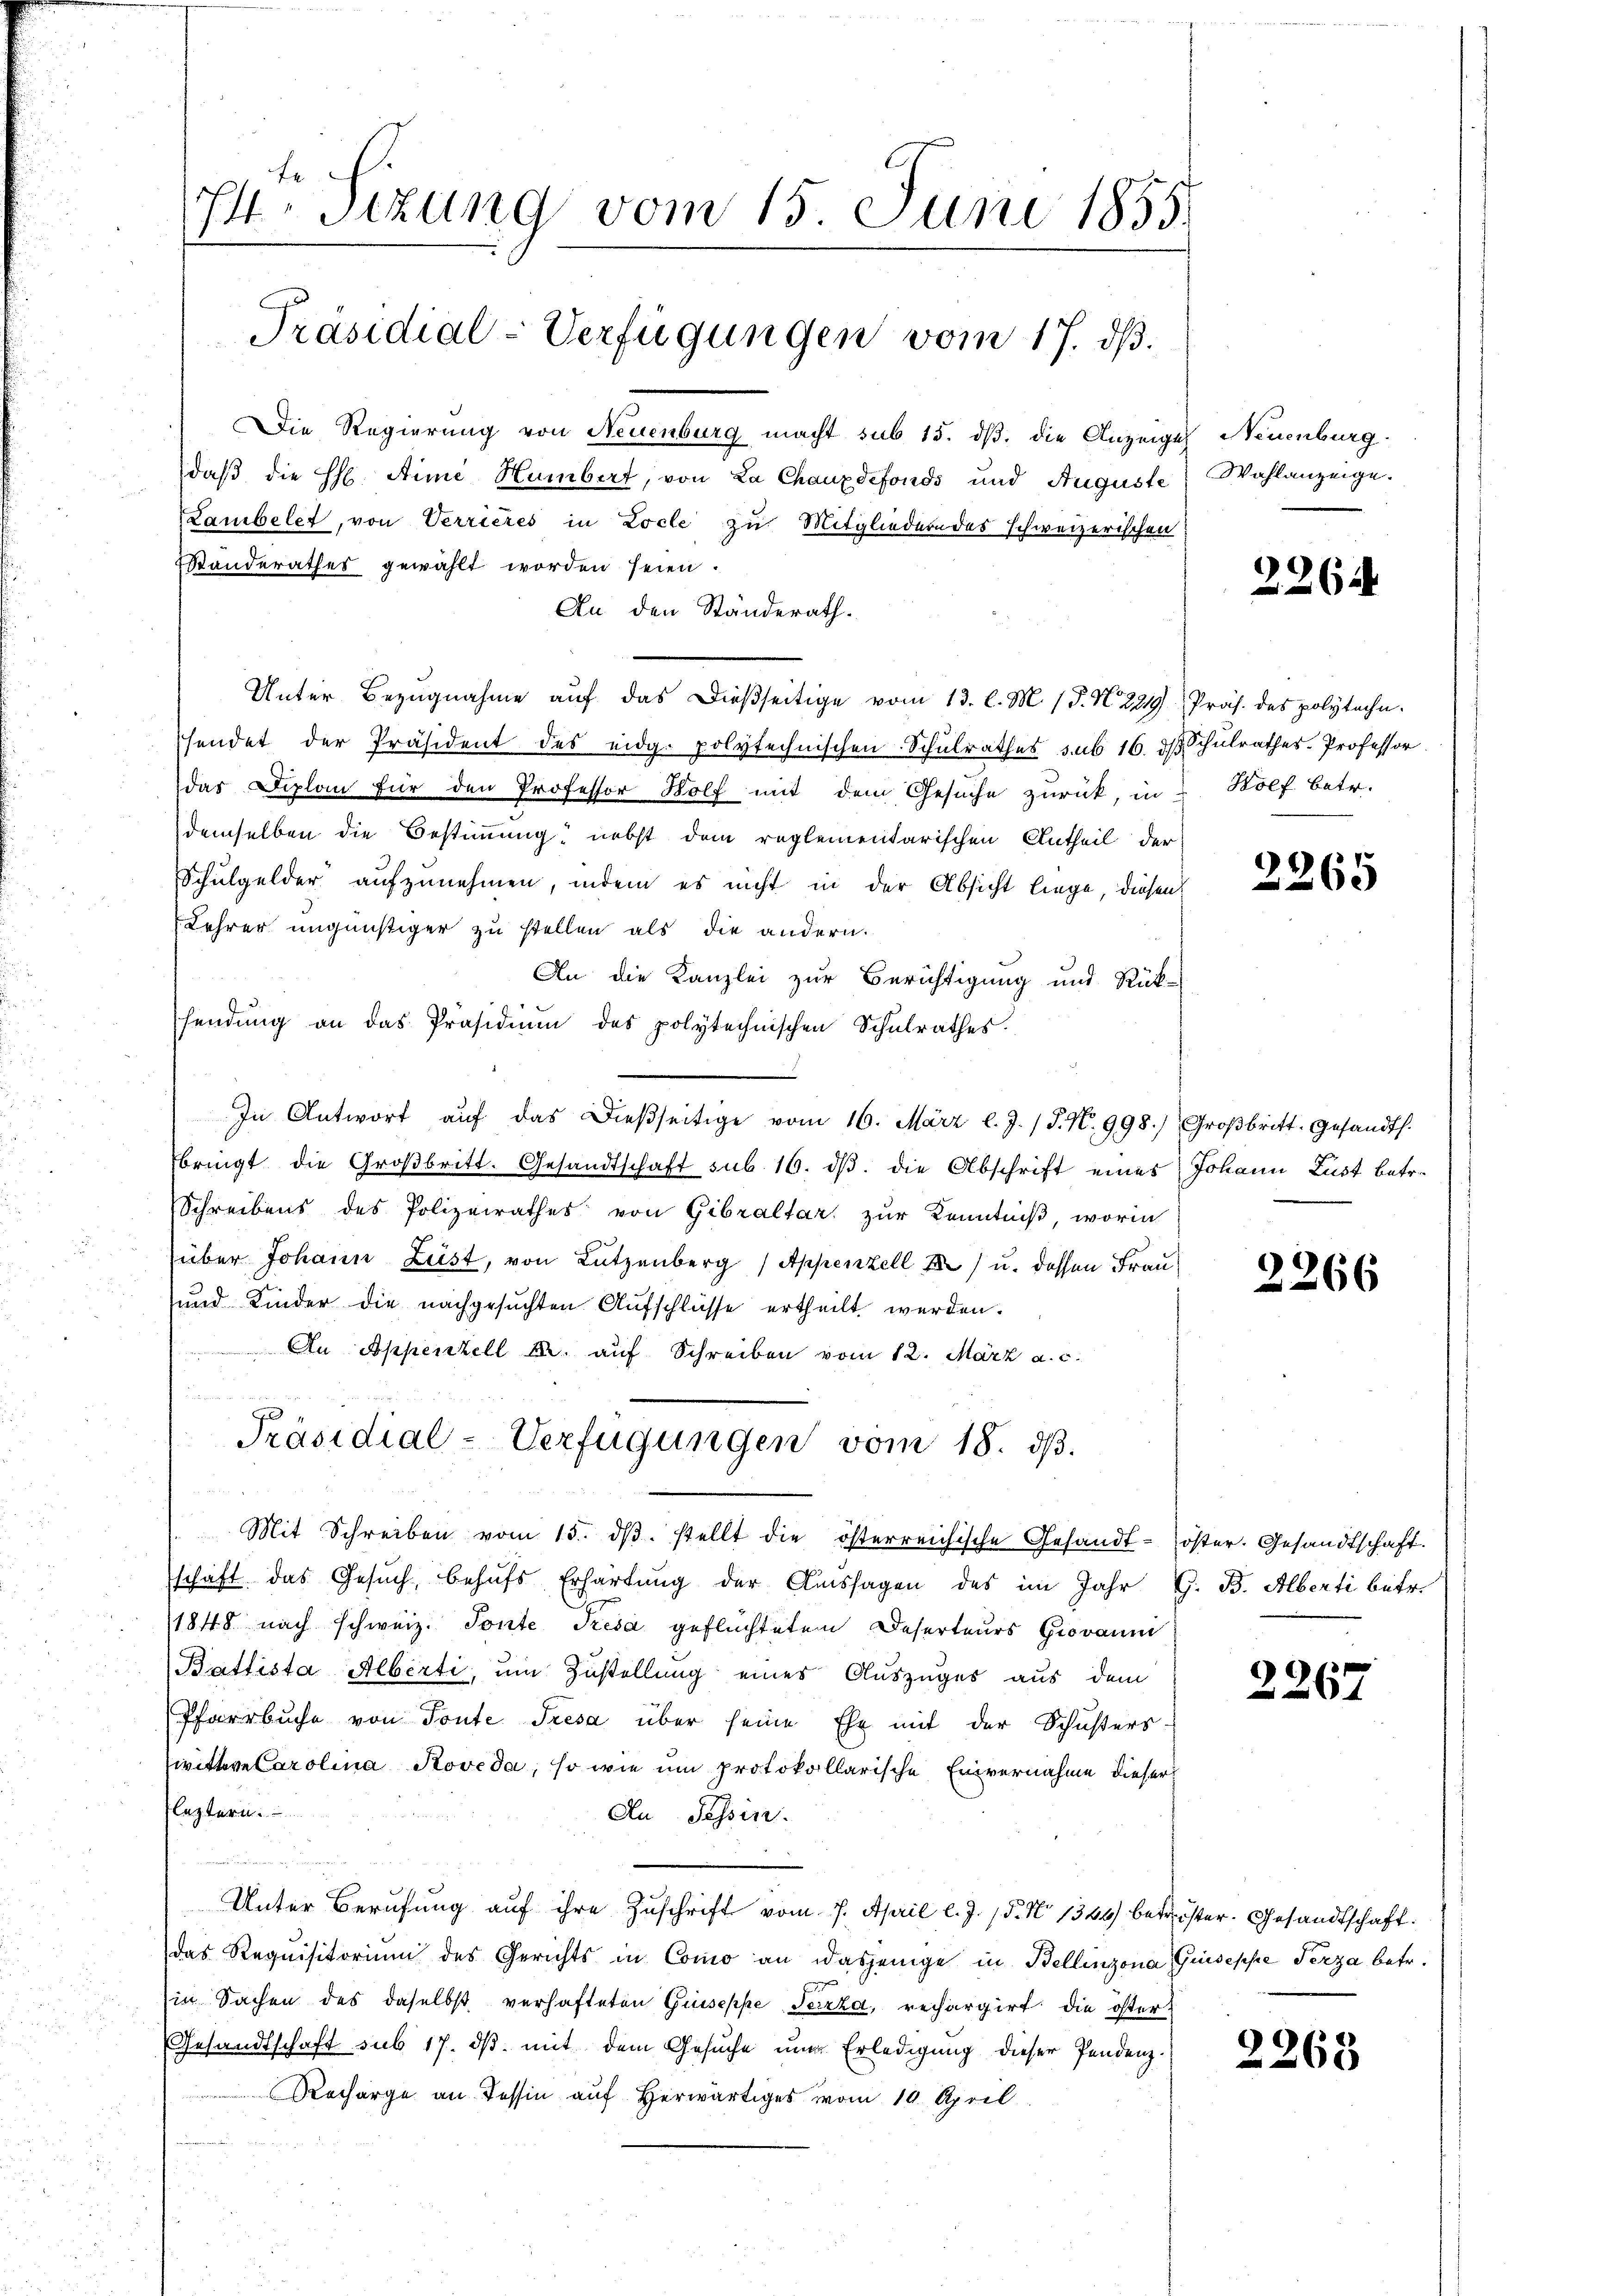
I Sizung vom 15. Juni 1855.

Die Regierung von Neuenburg macht sub 15. dß. die Anzeigel Neuenburg.
daß die H Aime Humbert, von La Chauxdefonds und Auguste
Lambelet, von Verrieres in Locle zu Mitgliederndes schweizerischen
Standerathes gewählt worden seien.
An den Ständerath.
Unter Bezugnahme auf das dießseitige vom 13. l. M. P. N. 2219 Präs. des polytechn
shendet der Präsident des eidg. polytechnischen Schulrathes sub 16. dβ Schulrathes Professor
das Diplan für den Professor Wolf mit dem Gesuche zurück, in " Wolf betr.
demselben die Bestimmung nebst dem reglementarischen Antheil der
Schulgelder aufzunehmen, indem es nicht in der Absicht liege, diesen:
Lehrer ungünstiger zu stellen als die andern.
An die Kanzlei zur Berichtigung und Rück-
sendŭng an das Präsidiŭm des polytechnischen Schŭlrathes.
In Antwort aŭf das dießseitige vom 16. März l. J. J. N. 998.) Groβbritt. Gesandts.
bringt die Groβbritt. Gesandtschaft sub. 16. dβ. die Abschrift eines Johann Lust betr.
Schreibens des Polizeirathes von Gibraltar zur Kenntniß, worin
über Johann Lust, von Lützenberg (Appenzell I) u. dessen Frau¬
und Kinder die nachgesuchten Aufschlüsse ertheilt werden.
An Appenzell u. auf Schreiben vom 12. März a. c.
Präsidial-Verfügungen vom 18. dβ.
Mit Schreiben vom 15. dβ. stellt die österreichische Gesandt-öster. Gesandtschaft.
schaft das Gesŭch, behŭfs Erhärtung der Aussagen des im Jahr G. B. Alberti betr.
1848 nach schweiz. Ponte Tresa geflüchteten Deserteurs Giovaum
Battista Alberti, um Zustellung eines Auszuges aus dem
Pfarrbuche von Toute Tresa über seine Ehe mit der Schusters-
wittwe Carolina Roveda, so wie um protokollarische Einvernahme dieser
leztern.
Au Tessin.
Unter Berufung auf ihre Zuschrift vom 7. April l. J. 15. No 1344) betrister. Gesandtschaft.
das Requisitorium des Gerichts in Como an dasjenige in Bellinzona Guseppe Terza betr.
in Sachen des daselbst verhafteten Guseppe Terzka, rechargirt die öster
Gesandtschaft sub 17. dβ. mit dem Gesuche um Erledigung dieser Pendenz.
Recharge an Tessin auf herwärtiges vom 10. April

Präsidial-Verfügungen vom 17. ds.

Wahlanzeige.

2264

2265

2266

2267

2263